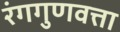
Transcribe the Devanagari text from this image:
रंगगुणवत्ता